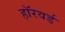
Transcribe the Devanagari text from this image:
हॉरवर्ड